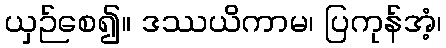
ယှဉ်စေ၍။ ဒဿယိကာမ၊ ပြကုန်အံ့၊